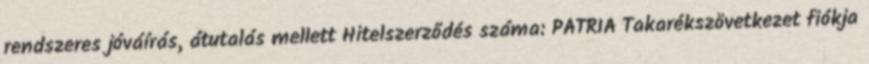
rendszeres jóváírás, átutalás mellett Hitelszerződés száma: PÁTRIA Takarékszövetkezet fiókja